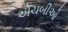
એચબીઓ